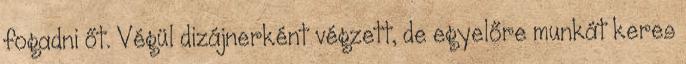
fogadni őt. Végül dizájnerként végzett, de egyelőre munkát keres